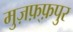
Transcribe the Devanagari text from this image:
मुज़फ़्फ़पुर